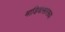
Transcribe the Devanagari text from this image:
माडियासारख्या